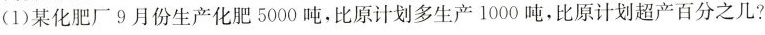
(1)某化肥厂9月份生产化肥5000吨，比原计划多生产1000吨，比原计划超产百分之几?